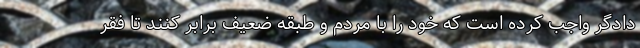
دادگر واجب کرده است که خود را با مردم و طبقه ضعیف برابر کنند تا فقر